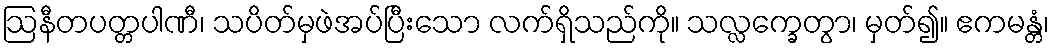
ဩနီတပတ္တပါဏီ၊ သပိတ်မှဖဲအပ်ပြီးသော လက်ရှိသည်ကို။ သလ္လက္ခေတွာ၊ မှတ်၍။ ဧကမန္တံ၊